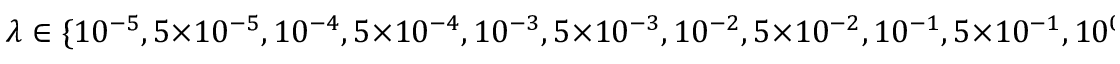
\lambda \in \{ 1 0 ^ { - 5 } , 5 \times 1 0 ^ { - 5 } , 1 0 ^ { - 4 } , 5 \times 1 0 ^ { - 4 } , 1 0 ^ { - 3 } , 5 \times 1 0 ^ { - 3 } , 1 0 ^ { - 2 } , 5 \times 1 0 ^ { - 2 } , 1 0 ^ { - 1 } , 5 \times 1 0 ^ { - 1 } , 1 0 ^ { 0 } \}